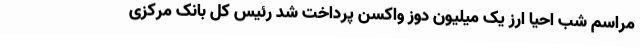
مراسم شب احیا ارز یک میلیون دوز واکسن پرداخت شد رئیس کل بانک مرکزی